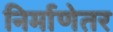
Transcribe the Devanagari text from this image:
निर्माणेतर